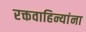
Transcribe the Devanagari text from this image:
रक्तवाहिन्यांना